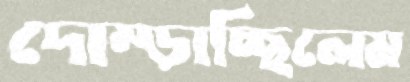
দোম্‌ড়াচ্ছিলেম